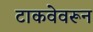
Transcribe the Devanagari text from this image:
टाकवेवरून